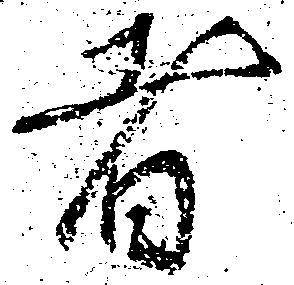
者